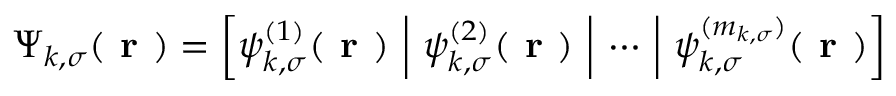
\boldsymbol { \Psi } _ { k , \sigma } ( \boldsymbol { \textbf { r } } ) = \left[ \psi _ { k , \sigma } ^ { ( 1 ) } ( \boldsymbol { \textbf { r } } ) ~ \middle | ~ \psi _ { k , \sigma } ^ { ( 2 ) } ( \boldsymbol { \textbf { r } } ) ~ \middle | ~ \cdots ~ \middle | ~ \psi _ { k , \sigma } ^ { ( m _ { k , \sigma } ) } ( \boldsymbol { \textbf { r } } ) \right]